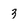
Character: 3